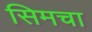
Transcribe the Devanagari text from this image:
सिमचा